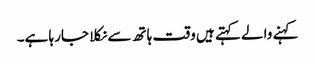
کہنے والے کہتے ہیں وقت ہاتھ سے نکلا جارہا ہے۔